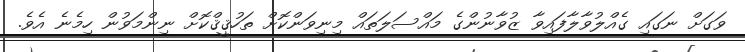
ވަގަށް ނަގައި ގެއްލުވާލާފައިވާ ޒުވާނުންގެ މައްސަލަތައް މިނިވަންކޮށް ތަހުޤީޤްކޮށް ނިންމަވުން ހިމެނެ އެވެ.